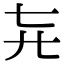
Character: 𬺽